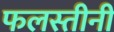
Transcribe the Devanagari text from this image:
फलस्तीनी